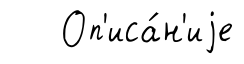
Оп'иса́н'иjе